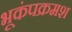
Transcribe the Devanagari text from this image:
भूकंपक्रमश